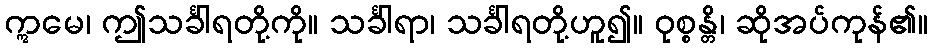
ဣမေ၊ ဤသင်္ခါရတို့ကို။ သင်္ခါရာ၊ သင်္ခါရတို့ဟူ၍။ ဝုစ္စန္တိ၊ ဆိုအပ်ကုန်၏။